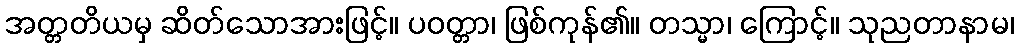
အတ္တတိယမှ ဆိတ်သောအားဖြင့်။ ပဝတ္တာ၊ ဖြစ်ကုန်၏။ တသ္မာ၊ ကြောင့်။ သုညတာနာမ၊